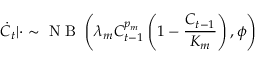
\dot { C } _ { t } | \cdot \sim \mathrm { ~ N ~ B ~ } \left( \lambda _ { m } C _ { t - 1 } ^ { p _ { m } } \left( 1 - \frac { C _ { t - 1 } } { K _ { m } } \right) , \phi \right)